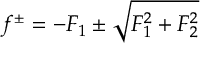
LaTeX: f ^ { \pm } = - { \cal F } _ { 1 } \pm \sqrt { { \cal F } _ { 1 } ^ { 2 } + { \cal F } _ { 2 } ^ { 2 } }